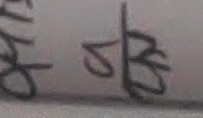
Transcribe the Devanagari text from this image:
छु